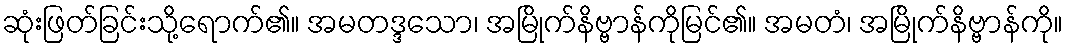
ဆုံးဖြတ်ခြင်းသို့ရောက်၏။ အမတဒ္ဒသော၊ အမြိုက်နိဗ္ဗာန်ကိုမြင်၏။ အမတံ၊ အမြိုက်နိဗ္ဗာန်ကို။